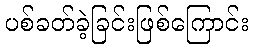
ပစ်ခတ်ခဲ့ခြင်းဖြစ်ကြောင်း